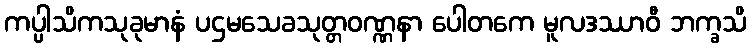
ကပ္ပါသိကသုခုမာနံ ပဌမသေခသုတ္တဝဏ္ဏနာ ပေါတကေ မူလဒဿာဝီ ဘက္ခသိ